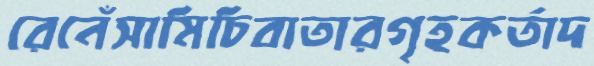
রেনেঁসামিচিবাতারগৃহকর্তাদ